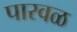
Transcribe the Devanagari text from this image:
पारवळ